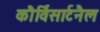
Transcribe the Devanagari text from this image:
कौर्विसार्टनैल